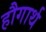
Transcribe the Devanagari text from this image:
हौगार्थ